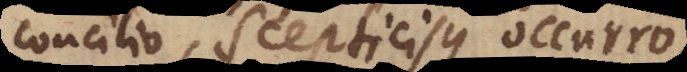
concilio, Scepticisque occurro